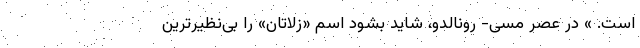
است. » در عصر مسی- رونالدو، شاید بشود اسم «زلاتان» را بی‌نظیرترین